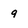
Character: 9